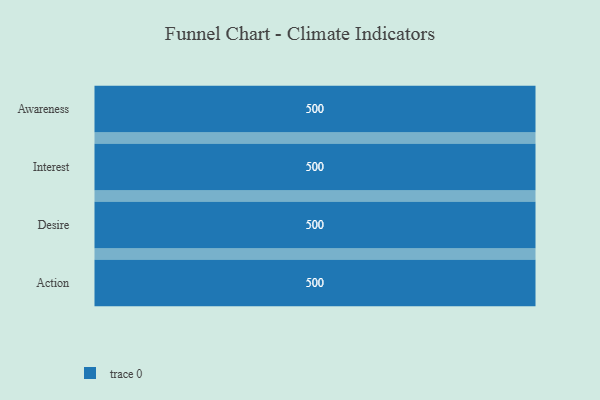
{"axis": {"x": "Stage", "y": "Value"}, "legend": [""], "data": [{"x": "Awareness", "y": 500, "type": ""}, {"x": "Interest", "y": 500, "type": ""}, {"x": "Desire", "y": 500, "type": ""}, {"x": "Action", "y": 500, "type": ""}]}